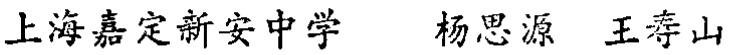
上海嘉定新安中学 杨思源 王寿山